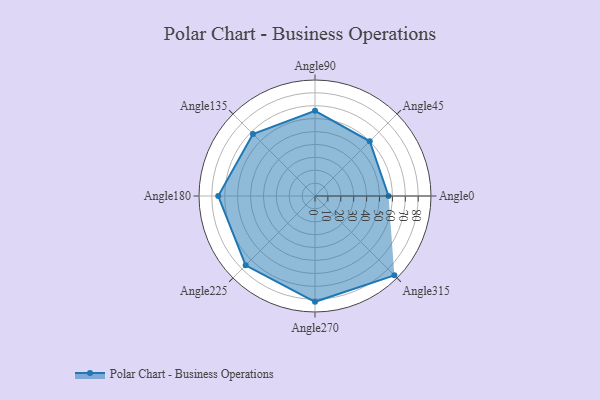
{"axis": {"x": "Angle", "y": "Radius"}, "legend": [""], "data": [{"x": "Angle0", "y": 57.0, "type": ""}, {"x": "Angle45", "y": 60.0, "type": ""}, {"x": "Angle90", "y": 66.0, "type": ""}, {"x": "Angle135", "y": 68.0, "type": ""}, {"x": "Angle180", "y": 75.0, "type": ""}, {"x": "Angle225", "y": 76.0, "type": ""}, {"x": "Angle270", "y": 82.0, "type": ""}, {"x": "Angle315", "y": 87.0, "type": ""}]}